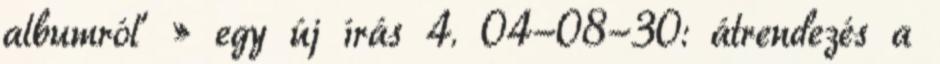
albumról' » egy új írás 4. 04-08-30: átrendezés a